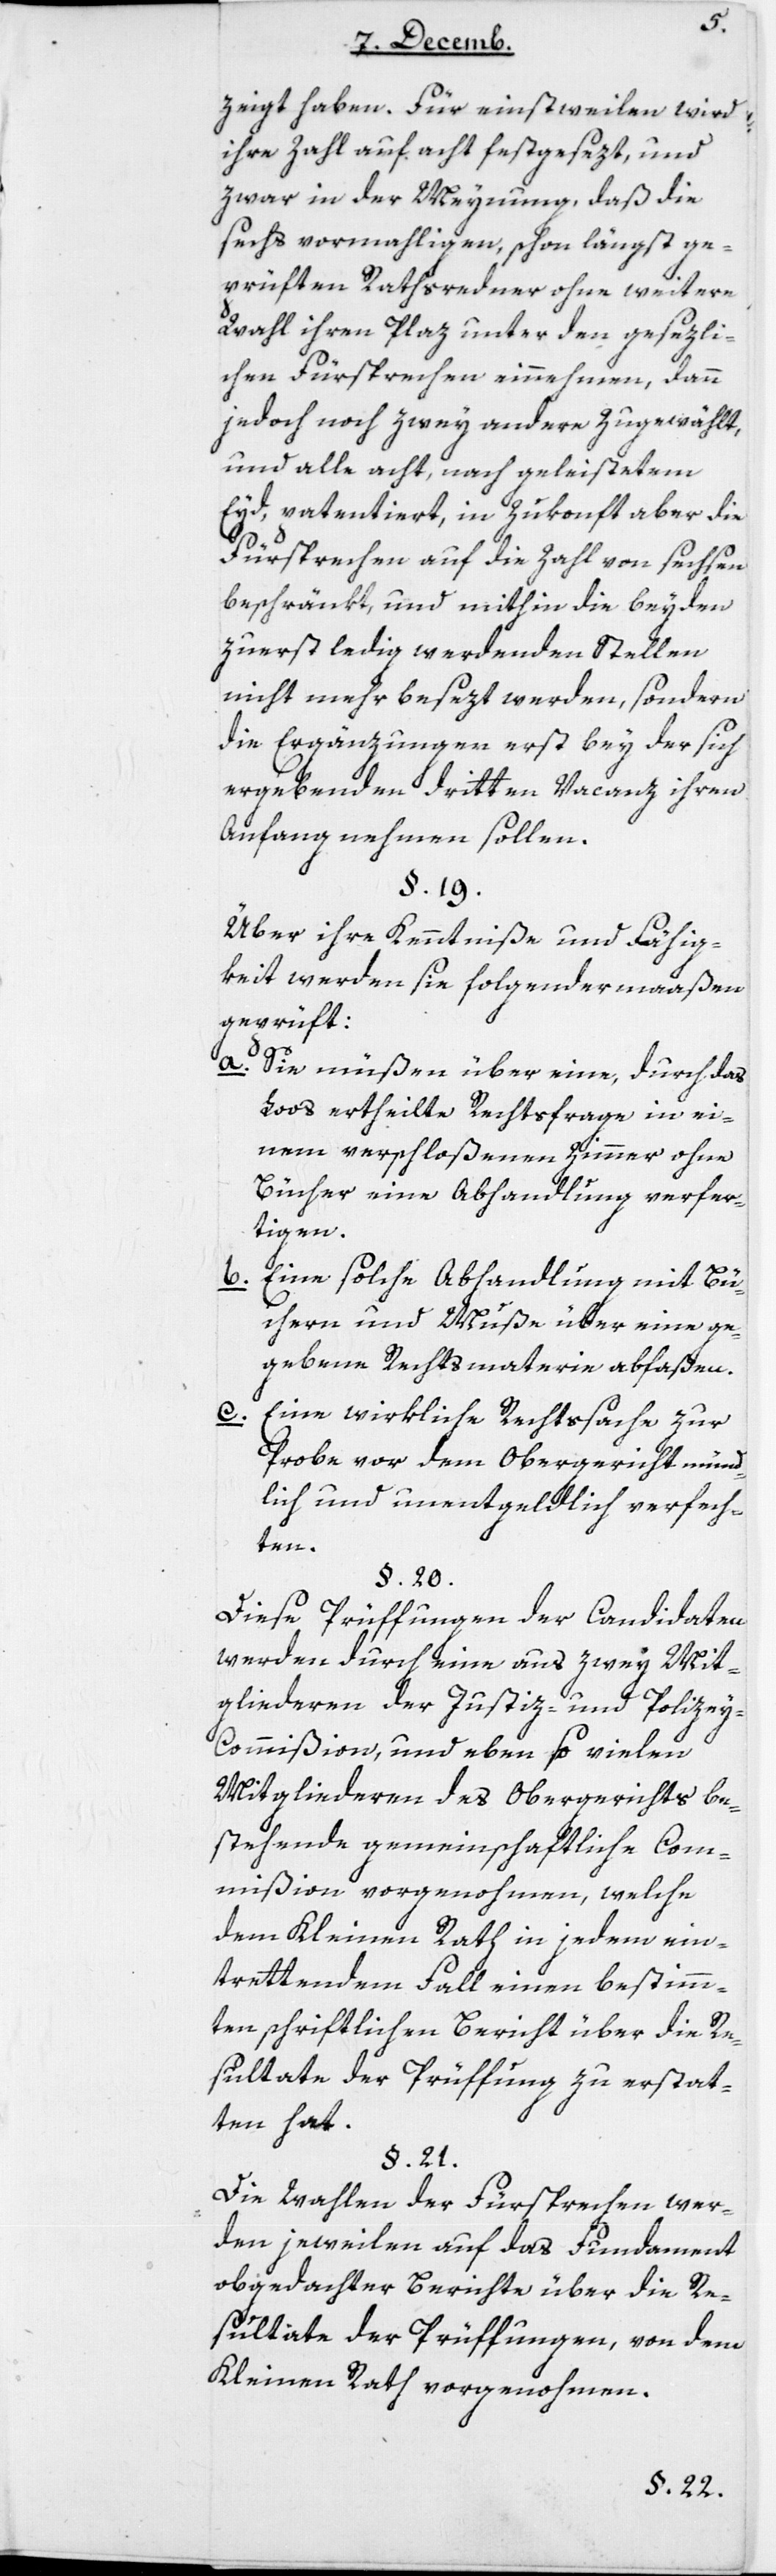
zeigt haben. Für einstweilen wird
ihre Zahl auf acht festgesezt, und
zwar in der Meynung, daß die
sechs vormahligen, schon längst ge¬
prüften Rathsredner ohne weitere
Wahl ihren Plaz unter den gesezli¬
chen Fürsprechen einnehmen, dann
jedoch noch zwey andere zugewählt,
und alle acht, nach geleistetem
Eyd, patentiert, in Zukonft aber die
Fürsprechen auf die Zahl von sechsen
beschränkt, und mithin die beyden
zuerst ledig werdenden Stellen
nicht mehr besezt werden, sondern
die Ergänzungen erst bey der sich
ergebenden dritten Vacanz ihren
Anfang nehmen sollen.
Über ihre Kenntniße und Fähig¬
keit werden sie folgendermaaßen
geprüft:
a. Sie müßen über eine, durch das
Loos ertheilte Rechtsfrage, in ei¬
nem verschloßenen Zimmer ohne
Bücher eine Abhandlung verfer¬
tigen.
Eine solche Abhandlung mit Bü¬
b.
chern und Muße über eine ge¬
gebene Rechtsmaterie abfaßen.
c. Eine wirkliche Rechtßache zur
Probe vor dem Obergericht münd¬
lich und unentgeldlich verfech¬
ten.
Diese Prüffungen der Candidaten
werden durch eine aus zwey Mit¬
gliederen der Justiz- und Polizey-C¬
ommißion, und eben so vielen
Mitgliederen des Obergerichts be¬
stehende gemeinschaftliche Com¬
mißion vorgenohmen, welche
dem Kleinen Rath in jedem ein¬
trettendem Fall einen bestimm¬
ten schriftlichen Bericht über die Re¬
sultate der Prüffung zu erstat¬
ten hat.
Die Wahlen der Fürsprechen wer¬
den jeweilen auf das Fundament
obgedachter Berichte über die Re¬
sultate der Prüffungen, von dem
Kleinen Rath vorgenohmen.